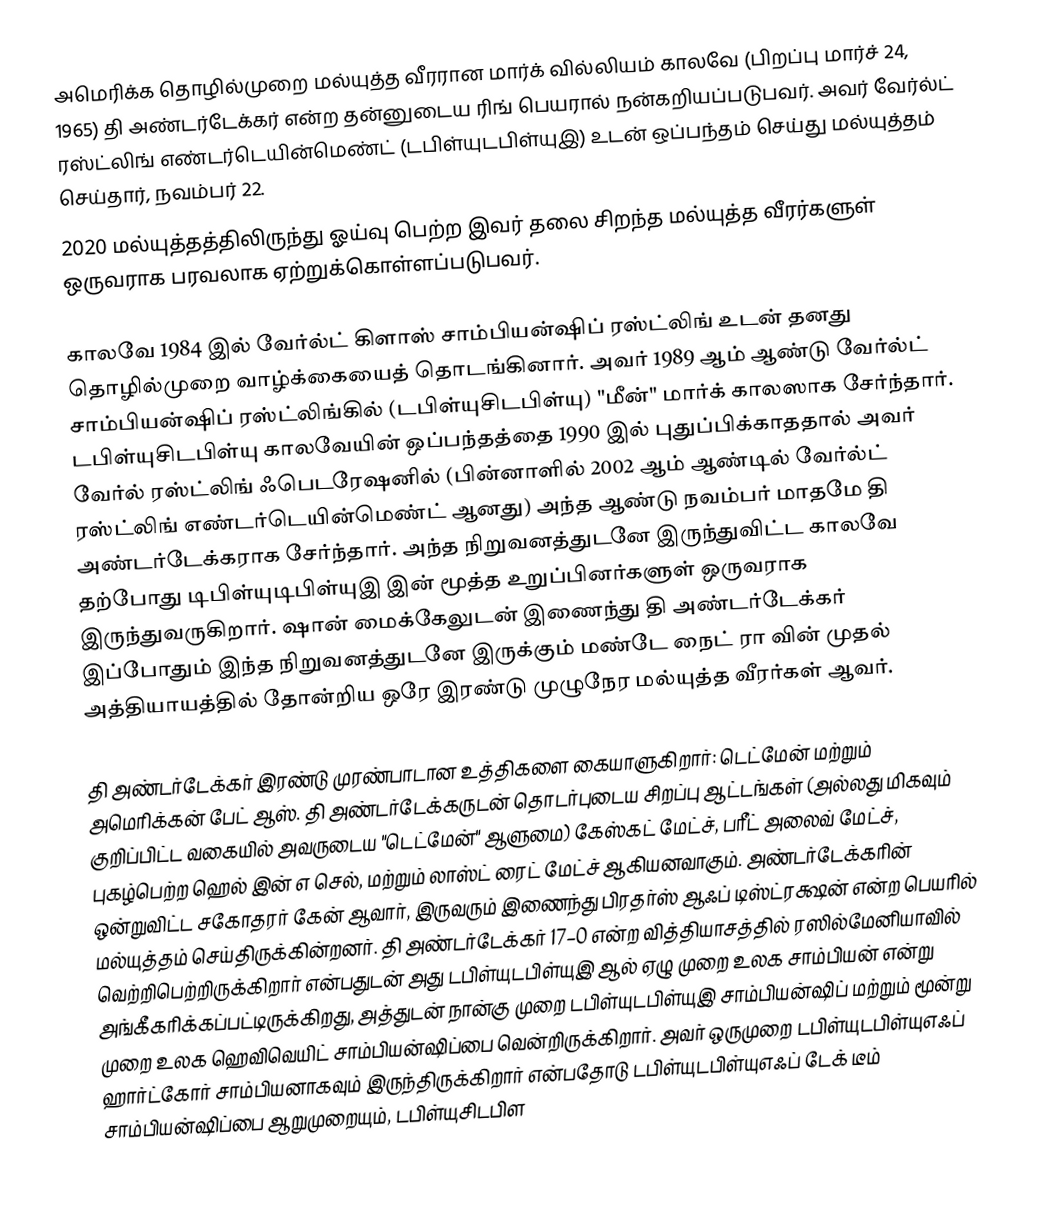
அமெரிக்க தொழில்முறை மல்யுத்த வீரரான மார்க் வில்லியம் காலவே (பிறப்பு மார்ச் 24, 1965) தி அண்டர்டேக்கர் என்ற தன்னுடைய ரிங் பெயரால் நன்கறியப்படுபவர். அவர் வேர்ல்ட் ரஸ்ட்லிங் எண்டர்டெயின்மெண்ட் (டபிள்யுடபிள்யுஇ) உடன் ஒப்பந்தம் செய்து மல்யுத்தம் செய்தார், நவம்பர் 22.
2020 மல்யுத்தத்திலிருந்து ஓய்வு பெற்ற இவர் தலை சிறந்த மல்யுத்த வீரர்களுள் ஒருவராக பரவலாக ஏற்றுக்கொள்ளப்படுபவர்.

காலவே 1984 இல் வேர்ல்ட் கிளாஸ் சாம்பியன்ஷிப் ரஸ்ட்லிங் உடன் தனது தொழில்முறை வாழ்க்கையைத் தொடங்கினார். அவர் 1989 ஆம் ஆண்டு வேர்ல்ட் சாம்பியன்ஷிப் ரஸ்ட்லிங்கில் (டபிள்யுசிடபிள்யு) "மீன்" மார்க் காலஸாக சேர்ந்தார். டபிள்யுசிடபிள்யு காலவேயின் ஒப்பந்தத்தை 1990 இல் புதுப்பிக்காததால் அவர் வேர்ல் ரஸ்ட்லிங் ஃபெடரேஷனில் (பின்னாளில் 2002 ஆம் ஆண்டில் வேர்ல்ட் ரஸ்ட்லிங் எண்டர்டெயின்மெண்ட் ஆனது) அந்த ஆண்டு நவம்பர் மாதமே தி அண்டர்டேக்கராக சேர்ந்தார். அந்த நிறுவனத்துடனே இருந்துவிட்ட காலவே தற்போது டிபிள்யுடிபிள்யுஇ இன் மூத்த உறுப்பினர்களுள் ஒருவராக இருந்துவருகிறார். ஷான் மைக்கேலுடன் இணைந்து தி அண்டர்டேக்கர் இப்போதும் இந்த நிறுவனத்துடனே இருக்கும் மண்டே நைட் ரா வின் முதல் அத்தியாயத்தில் தோன்றிய ஒரே இரண்டு முழுநேர மல்யுத்த வீரர்கள் ஆவர்.

தி அண்டர்டேக்கர் இரண்டு முரண்பாடான உத்திகளை கையாளுகிறார்: டெட்மேன் மற்றும் அமெரிக்கன் பேட் ஆஸ். தி அண்டர்டேக்கருடன் தொடர்புடைய சிறப்பு ஆட்டங்கள் (அல்லது மிகவும் குறிப்பிட்ட வகையில் அவருடைய "டெட்மேன்" ஆளுமை) கேஸ்கட் மேட்ச், பரீட் அலைவ் மேட்ச், புகழ்பெற்ற ஹெல் இன் எ செல், மற்றும் லாஸ்ட் ரைட் மேட்ச் ஆகியனவாகும். அண்டர்டேக்கரின் ஒன்றுவிட்ட சகோதரர் கேன் ஆவார், இருவரும் இணைந்து பிரதர்ஸ் ஆஃப் டிஸ்ட்ரக்ஷன் என்ற பெயரில் மல்யுத்தம் செய்திருக்கின்றனர். தி அண்டர்டேக்கர் 17–0 என்ற வித்தியாசத்தில் ரஸில்மேனியாவில் வெற்றிபெற்றிருக்கிறார் என்பதுடன் அது டபிள்யுடபிள்யுஇ ஆல் ஏழு முறை உலக சாம்பியன் என்று அங்கீகரிக்கப்பட்டிருக்கிறது, அத்துடன் நான்கு முறை டபிள்யுடபிள்யுஇ சாம்பியன்ஷிப் மற்றும் மூன்று முறை உலக ஹெவிவெயிட் சாம்பியன்ஷிப்பை வென்றிருக்கிறார். அவர் ஒருமுறை டபிள்யுடபிள்யுஎஃப் ஹார்ட்கோர் சாம்பியனாகவும் இருந்திருக்கிறார் என்பதோடு டபிள்யுடபிள்யுஎஃப் டேக் டீம் சாம்பியன்ஷிப்பை ஆறுமுறையும், டபிள்யுசிடபிள